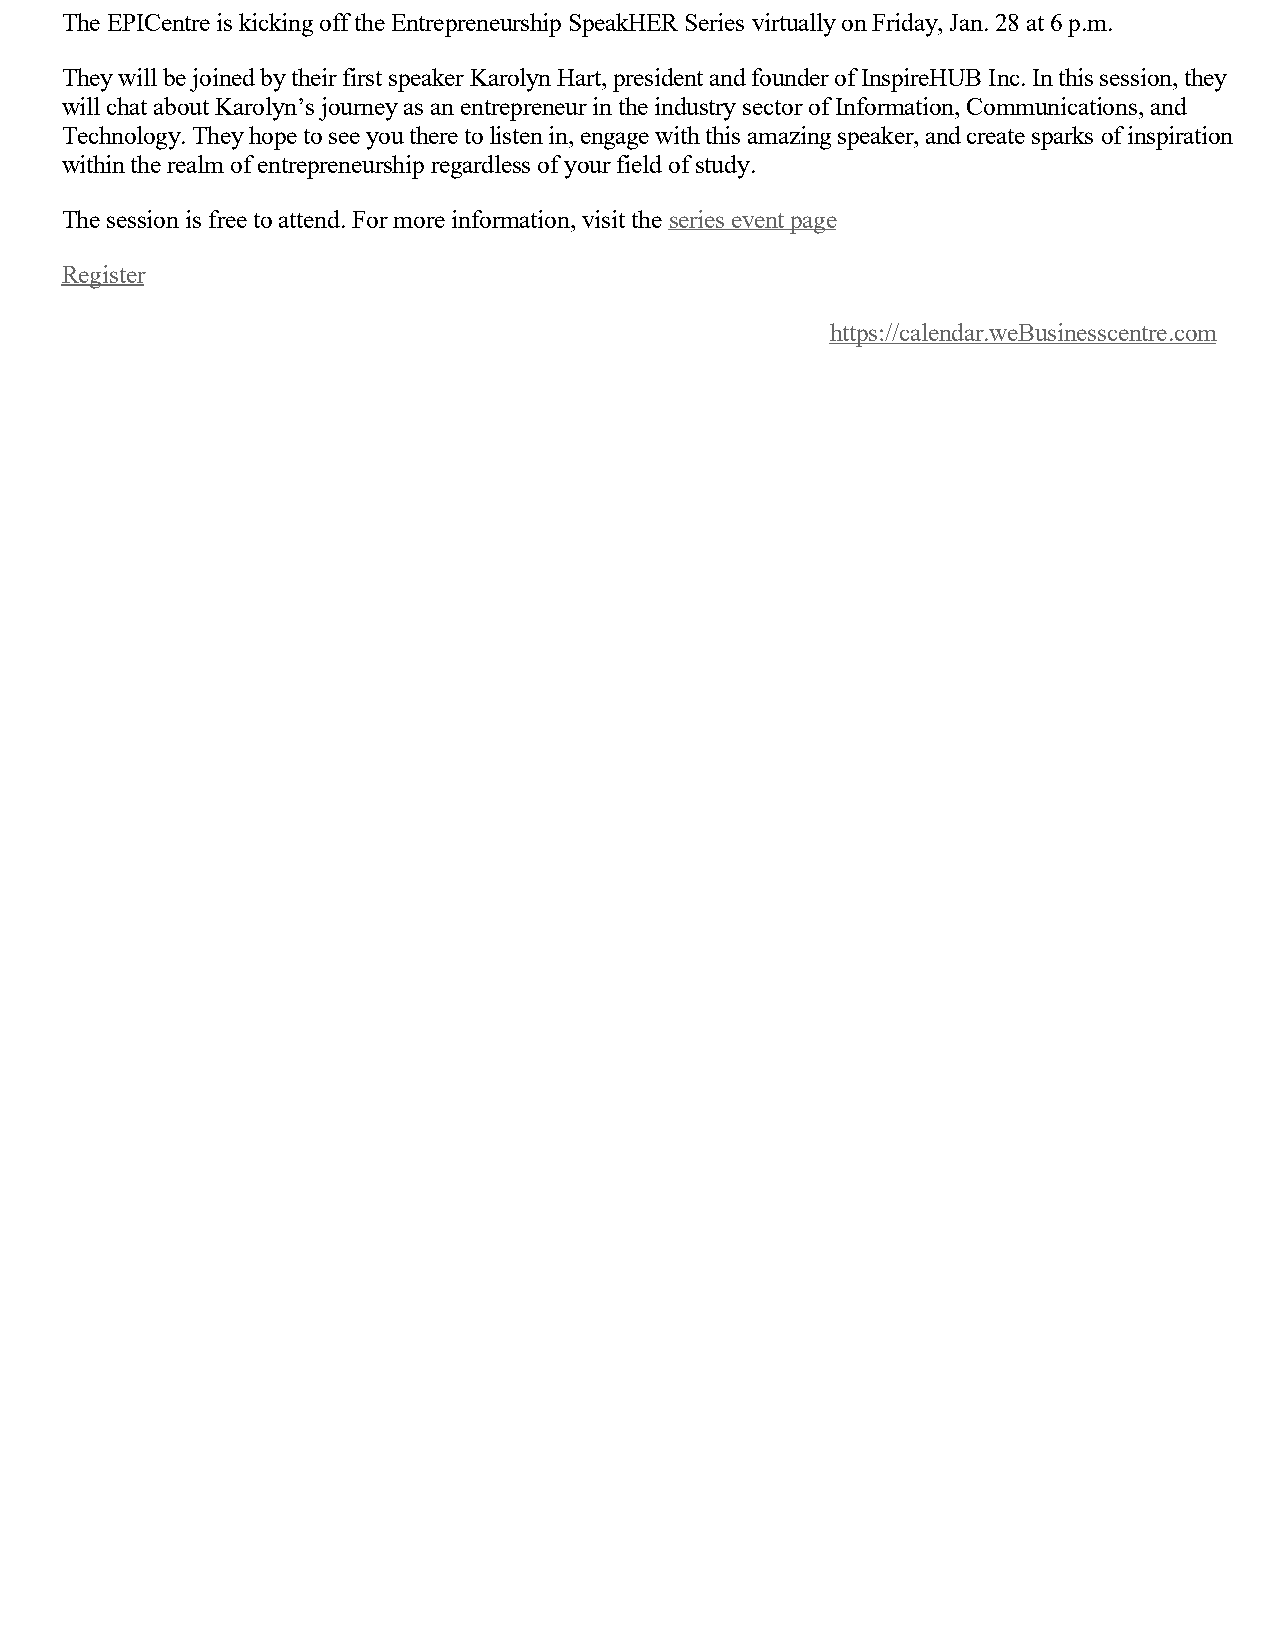
The EPICentre is kicking off the Entrepreneurship SpeakHER Series virtually on Friday, Jan. 28 at 6 p.m.
 They will be joined by their first speaker Karolyn Hart, president and founder of InspireHUB Inc. In this session, they
 will chat about Karolyn’s journey as an entrepreneur in the industry sector of Information, Communications, and
 Technology. They hope to see you there to listen in, engage with this amazing speaker, and create sparks of inspiration
 within the realm of entrepreneurship regardless of your field of study.
 The session is free to attend. For more information, visit the series event page
 Register
 https://calendar.weBusinesscentre.com